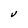
Character: V